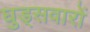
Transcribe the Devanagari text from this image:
घुड्सवारों